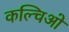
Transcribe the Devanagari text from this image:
कल्चिओ